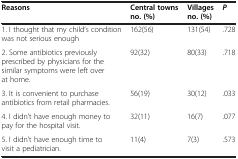
<table><thead><tr><td><b>Reasons</b></td><td><b>Central towns no. (%)</b></td><td><b>Villages no. (%)</b></td><td><b><i>P</i></b></td></tr></thead><tbody><tr><td>1. I thought that my child’s condition was not serious enough</td><td>162(56)</td><td>131(54)</td><td>.728</td></tr><tr><td>2. Some antibiotics previously prescribed by physicians for the similar symptoms were left over at home.</td><td>92(32)</td><td>80(33)</td><td>.718</td></tr><tr><td>3. It is convenient to purchase antibiotics from retail pharmacies.</td><td>56(19)</td><td>30(12)</td><td>.033</td></tr><tr><td>4. I didn’t have enough money to pay for the hospital visit.</td><td>32(11)</td><td>16(7)</td><td>.077</td></tr><tr><td>5. I didn’t have enough time to visit a pediatrician.</td><td>11(4)</td><td>7(3)</td><td>.573</td></tr></tbody></table>